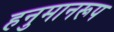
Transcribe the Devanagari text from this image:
हनुमानरूप